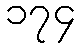
၁၇၄